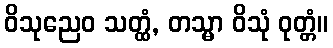
ဝိသုညေဝ သတ္ထံ, တသ္မာ ဝိသုံ ဝုတ္တံ။